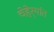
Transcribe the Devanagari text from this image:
चेहेर्‍यांत